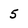
Character: 5